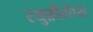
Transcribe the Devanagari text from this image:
रयुफ़ीसेप्स